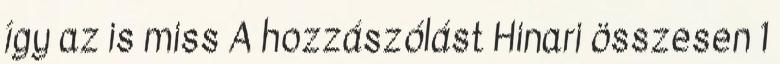
így az is miss A hozzászólást Hinari összesen 1